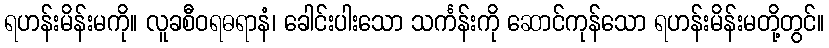
ရဟန်းမိန်းမကို။ လူခစီဝရဓရာနံ၊ ခေါင်းပါးသော သင်္ကန်းကို ဆောင်ကုန်သော ရဟန်းမိန်းမတို့တွင်။